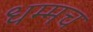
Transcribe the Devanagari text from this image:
धम्मच